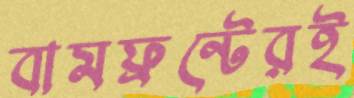
বামফ্রন্টেরই